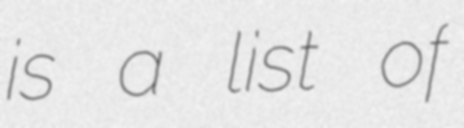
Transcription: is a list of